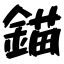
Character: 錨